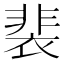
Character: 裴